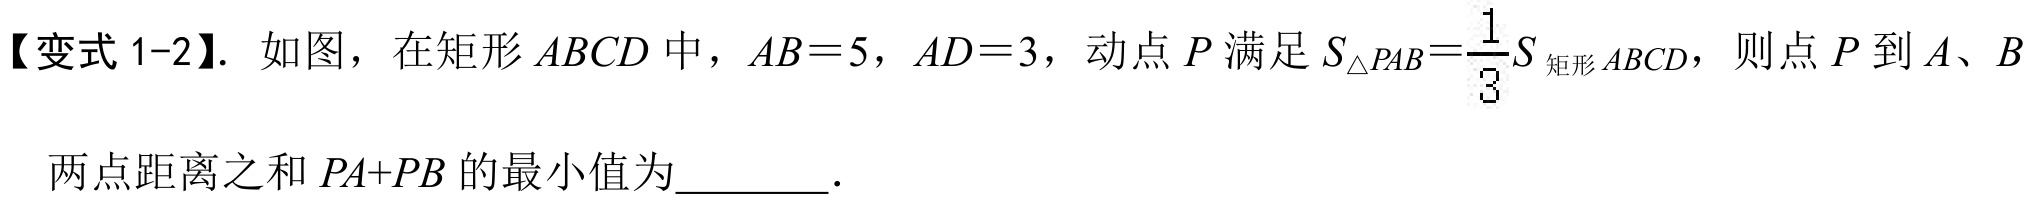
【变式1-2】. 如图，在矩形\(ABCD\)中，\(AB = 5\)，\(AD = 3\)，动点\(P\)满足\(S_{\triangle PAB}=\frac{1}{3}S_{矩形ABCD}\)，则点\(P\)到\(A\)、\(B\)两点距离之和\(PA + PB\)的最小值为  ．